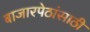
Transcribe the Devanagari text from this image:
बाजारपेठांसाठी